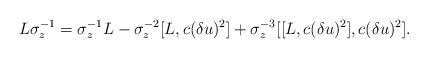
LaTeX: \begin{align*}L\sigma_z^{-1} = \sigma_z^{-1}L - \sigma_z^{-2}[L,c(\delta u)^2] + \sigma_z^{-3}[[L,c(\delta u)^2],c(\delta u)^2].\end{align*}